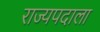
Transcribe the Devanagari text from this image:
राज्यपदाला